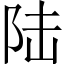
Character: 陆